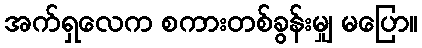
အက်ရှလေက စကားတစ်ခွန်းမျှ မပြော။